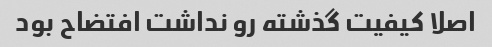
اصلا کیفیت گذشته رو نداشت افتضاح بود